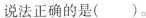
说法正确的是()。